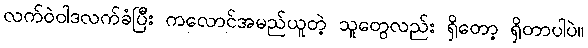
လက်ဝဲဝါဒလက်ခံပြီး ကလောင်အမည်ယူတဲ့ သူတွေလည်း ရှိတော့ ရှိတာပါပဲ။